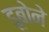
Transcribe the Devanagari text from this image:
डूबोने